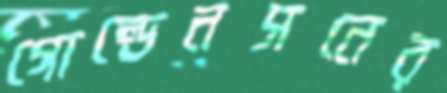
গোল্ডেনসনের